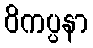
ဝိကပ္ပနာ